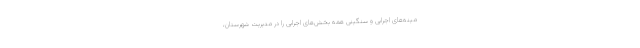
مینه‌های اجرایی و سنگینی همه بخش‌های اجرایی را در مدیریت شهرستان،